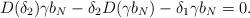
LaTeX: \begin{align*}D(\delta_2) \gamma b_N - \delta_2 D(\gamma b_N) - \delta_1 \gamma b_N = 0.\end{align*}